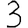
Digit: 3